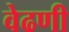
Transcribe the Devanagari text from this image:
वेढणी